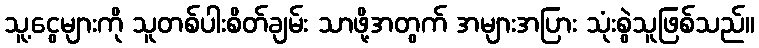
သူ့ငွေများကို သူတစ်ပါးစိတ်ချမ်း သာဖို့အတွက် အများအပြား သုံးစွဲသူဖြစ်သည်။